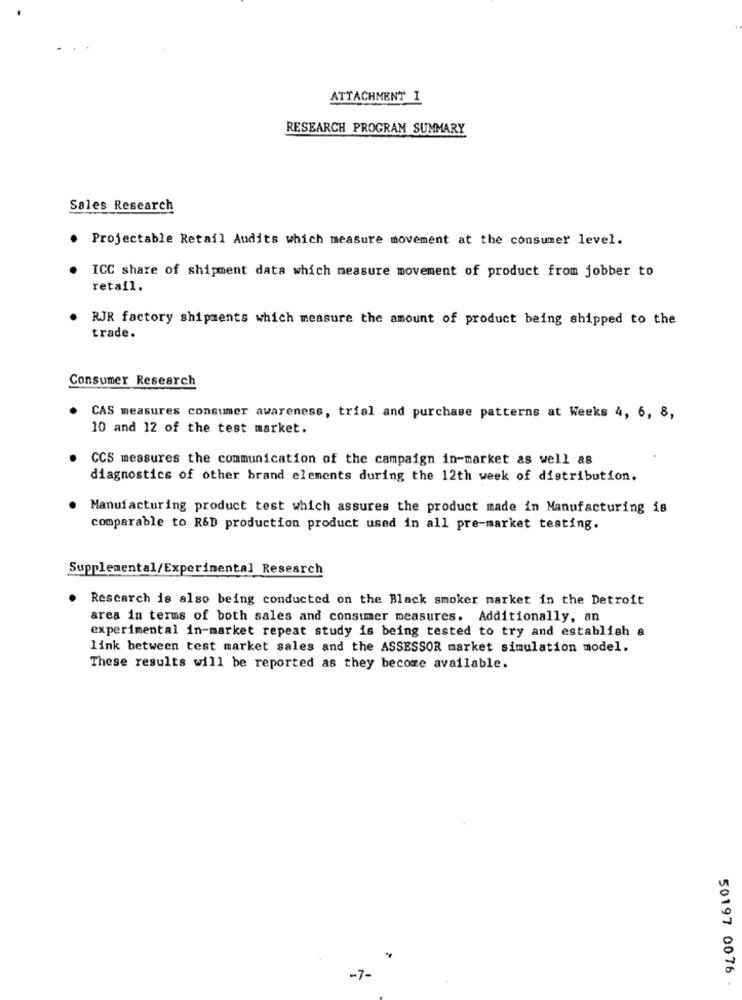
ATTACHMENT I
RESEARCH PROGRAM SUMMARY
Sales Research
Projectable Retail Audits which measure movement at the consumer level.
ICC share of shipment data which measure movement of product from jobber to
retail.
RJR factory shipments which measure the amount of product being shipped to the
trade.
Consumer Research
CAS measures consumer awareness, trial and purchase patterns at Weeks 4, 6, 8,
10 and 12 of the test market.
CCS measures the communication of the campaign in-market as well as
diagnostics of other brand elements during the 12th week of distribution.
Manufacturing product test which assures the product made in Manufacturing is
comparable to R&D production product used in all pre-market testing.
Supplemental/Experimental Research
Research is also being conducted on the Black smoker market in the Detroit
area in terms of both sales and consumer measures. Additionally, an
experimental in-market repeat study is being tested to try and establish a
link between test market sales and the ASSESSOR market simulation model.
These results will be reported as they become available.
-7-
50197 0076 -